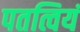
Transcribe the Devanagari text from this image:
पतत्वियं